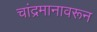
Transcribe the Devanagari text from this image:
चांद्रमानावरून